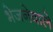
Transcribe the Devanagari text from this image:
भेजनेवाले